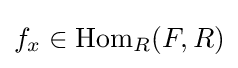
f_{x}\in {\text{Hom}}_{R}(F,R)